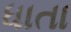
ધાતા